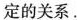
定的关系.